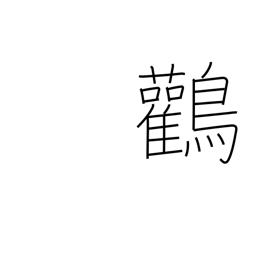
Meaning: Japanese stork